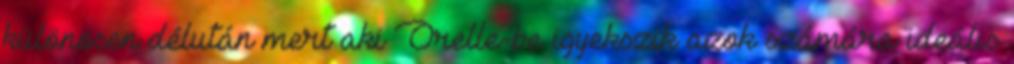
különösen délután mert aki Orelle-be igyekszik azok számára ideális